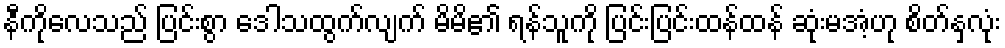
နီကိုလေသည် ပြင်းစွာ ဒေါသထွက်လျက် မိမိ၏ ရန်သူကို ပြင်းပြင်းထန်ထန် ဆုံးမအံ့ဟု စိတ်နှလုံး